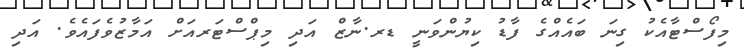
މިފޯސްޓާއެކު ގިނަ ބައެއްގެ ފާޑު ކިޔުންވަނީ ޑރ.ނާޒް އަދި މިޕްސްޓަރއަށް އަމާޒުވެފައެވެ. އަދި